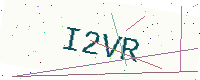
Text: I2VR